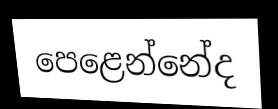
පෙළෙන්නේද